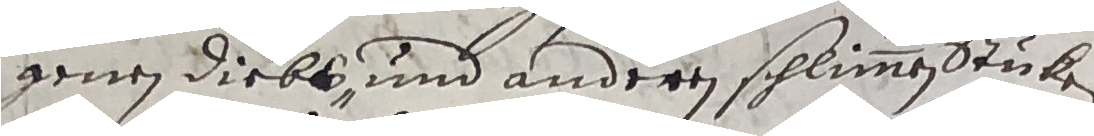
genen diebs und anderen schlimmen stuken